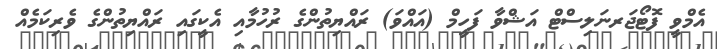
އެމްވީ ފޮޓޯޖަރނަލިސްޓް އަޝްވާ ފަހީމް (އައްވަ) ރައްޔިތުންގެ ރުހުމާއި އެކީގައި ރައްޔިތުންގެ ވެރިކަމެއް